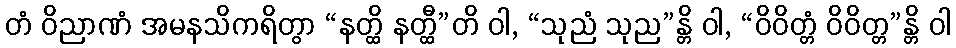
တံ ဝိညာဏံ အမနသိကရိတွာ “နတ္ထိ နတ္ထီ”တိ ဝါ, “သုညံ သုည”န္တိ ဝါ, “ဝိဝိတ္တံ ဝိဝိတ္တ”န္တိ ဝါ